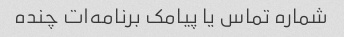
شماره تماس یا پیامک برنامه‌ات چنده